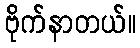
ဗိုက်နာတယ်။